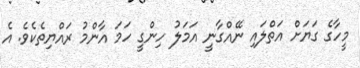
މީހާގެ ގަޔަށް އަތްލައި ނޭއްގާނީ އަމަލު ހިންގީ ހަމަ އާންމު ރައްޔިތެކެވެ. އެ